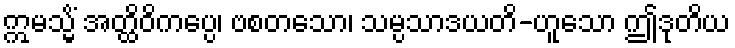
ဣမသ္မိံ အတ္ထိဝိကပ္ပေ၊ ဗစတသော၊ သမ္ပသာဒယတိ-ဟူသော ဤဒုတိယ